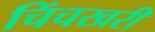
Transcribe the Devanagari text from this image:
चिंचखरी